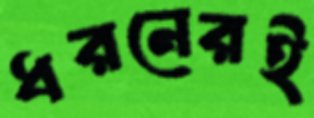
ধরনেরই